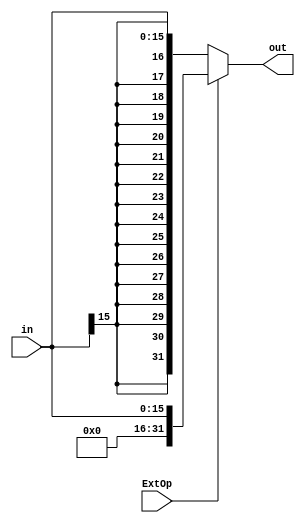
`timescale 1ns / 1ps
//////////////////////////////////////////////////////////////////////////////////
// Company: 
// Engineer: 
// 
// Design Name: 
// Module Name:    ext 
// Project Name: 
// Target Devices: 
// Tool versions: 
// Description: 
//
// Dependencies: 
//
// Revision: 
// Revision 0.01 - File Created
// Additional Comments: 
//
//////////////////////////////////////////////////////////////////////////////////
module ext(
    input [15:0] in,
    output[31:0] out,
    input ExtOp
    );

	//always@(*) begin
	//	case(ExtOp) 
	//		1'b1: out <= {{16{1'b0}},in};
	//		1'b0: out <= {{16{in[15]}},in};
	//	endcase
	//end
	
	assign out = ExtOp ? {{16{1'b0}},in} : {{16{in[15]}},in};
endmodule